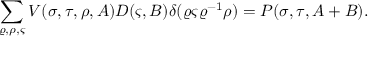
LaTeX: \sum _ { \varrho , \rho , \varsigma } V ( \sigma , \tau , \rho , A ) D ( \varsigma , B ) \delta ( \varrho \varsigma \varrho ^ { - 1 } \rho ) = P ( \sigma , \tau , A + B ) .